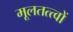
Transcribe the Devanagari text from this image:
मूलतत्त्वों